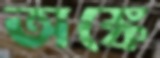
অঙ্কে